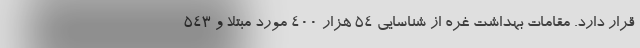
قرار دارد. مقامات بهداشت غره از شناسایی 54 هزار 400 مورد مبتلا و 543